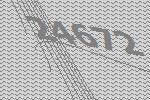
24672